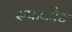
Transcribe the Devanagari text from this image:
रुपाकोट